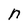
Character: n